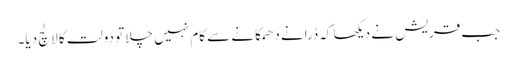
جب قریش نے دیکھا کہ ڈرانے دھمکانے سے کام نہیں چلا تو دولت کا لالچ دیا۔